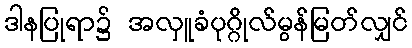
ဒါနပြုရာ၌ အလှူခံပုဂ္ဂိုလ်မွန်မြတ်လျှင်